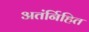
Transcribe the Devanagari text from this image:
अतंर्निहित